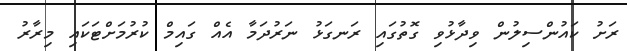
ރަށު ކައުންސިލުން ވިދާޅުވި ގޮތުގައި ރަނގަޅު ނަރުދަމާ އެއް ގައިމް ކުރުމަށްޓަކައި މިރާރު